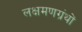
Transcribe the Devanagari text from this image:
लक्षमणग्रंथों